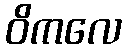
ဝိကလေ